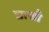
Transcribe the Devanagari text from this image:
द्याखौ